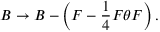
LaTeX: B \rightarrow B - \left( F - \frac { 1 } { 4 } F \theta F \right) .